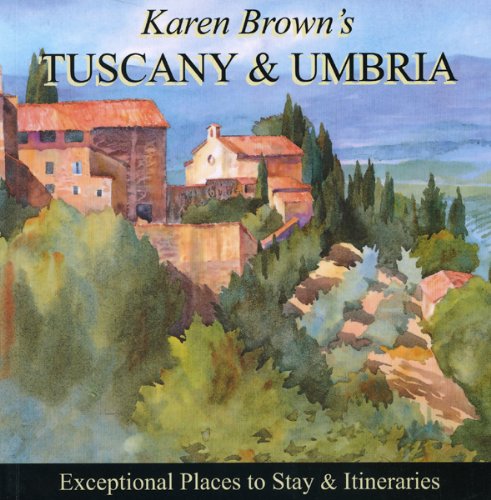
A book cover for Karen Brown's Tuscany & Umbria 2010: Exceptional Places to Stay & Itineraries (Karen Brown's Tuscany & Umbria: Exceptional Places to Stay & Itineraries); Clare Brown; Travel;